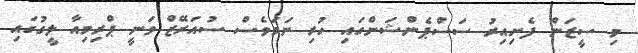
މި ސީޒަން ފެށިއިރު ސަސްޕެންޝަންގައި ހުރި ނަމަވެސް ސުއަރޭޒް ވަނީ ޕްރިމިއާ ލީގުގައި